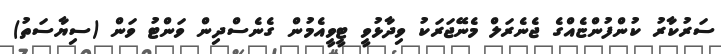
ސަރުކާރު ކުންފުންޏެއްގެ ޖެނެރަލް މެނޭޖަރަކު ވިދާޅުވީ ޓީވީއެމުން ގެނެސްދިން ވަންޓު ވަން (ސިޔާސަތު)